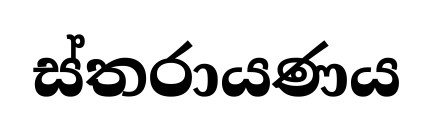
ස්තරායණය